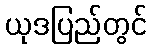
ယုဒပြည်တွင်